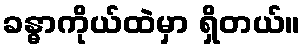
ခန္ဓာကိုယ်ထဲမှာ ရှိတယ်။